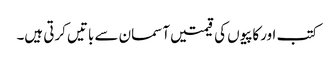
کتب اورکاپیوں کی قیمتیں آسمان سے باتیں کرتی ہیں۔